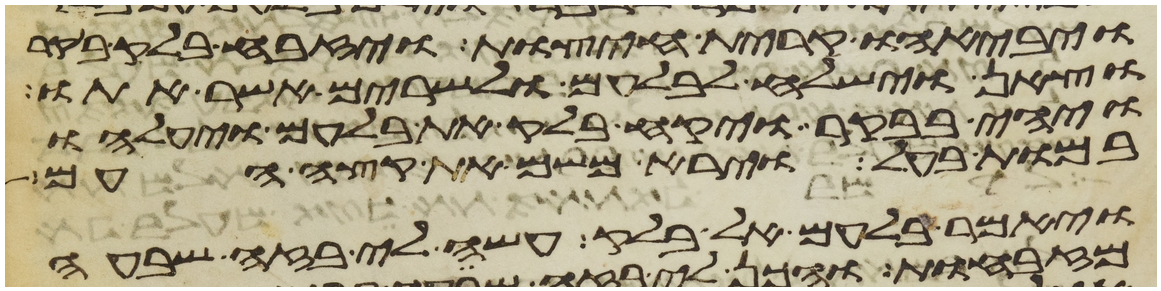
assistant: ויבאהו קרית חיצות ויזבח בלק בקר
וצאן וישלח לבלעם ולשרים אשר אתו
ויהי בבקר ויקח בלק את בלעם ויעלהו
במות בעל וירא משם את קצה העם
ויאמר בלעם אל בלק עשה לי בזה שבעה